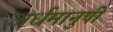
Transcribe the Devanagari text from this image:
अर्धमानुषी